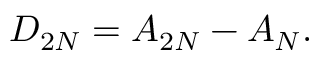
D _ { 2 N } = A _ { 2 N } - A _ { N } .